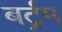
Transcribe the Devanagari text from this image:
बर्ट्रम